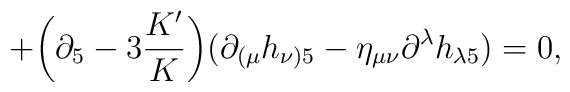
+\bigg(\partial_5-3\frac{K'}{K}\bigg)(\partial_{(\mu} h_{\nu)5}-\eta_{\mu\nu}\partial^\lambda h_{\lambda 5})=0,